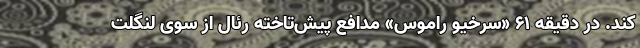
کند. در دقیقه ۶۱ «سرخیو راموس» مدافع پیش‌تاخته رئال از سوی لنگلت